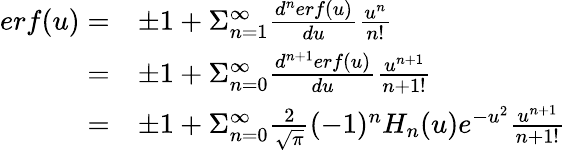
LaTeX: \begin{array}{rl}{erf(u)=}&{\pm 1+\Sigma_{n=1}^{\infty}\frac{d^{n}erf(u)}{du}\frac{u^{n}}{n!}}\\ {=}&{\pm 1+\Sigma_{n=0}^{\infty}\frac{d^{n+1}erf(u)}{du}\frac{u^{n+1}}{{n+1}!}}\\ {=}&{\pm 1+\Sigma_{n=0}^{\infty}\frac{2}{\sqrt{\pi}}(-1)^{n}H_{n}(u)e^{-u^{2}}\frac{u^{n+1}}{{n+1}!}}\end{array}